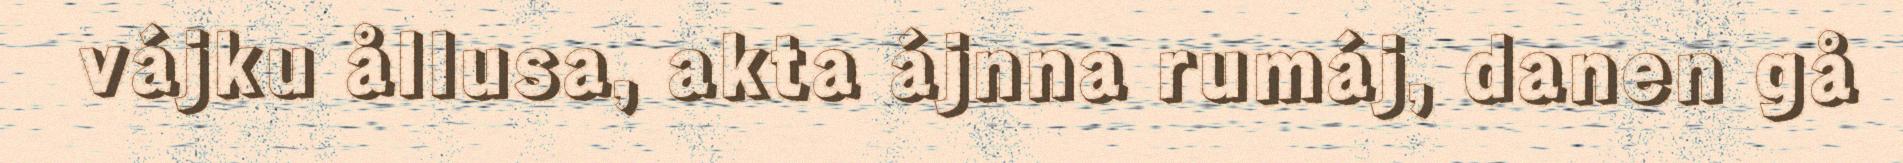
vájku ållusa, akta ájnna rumáj, danen gå